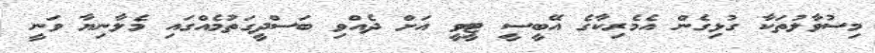
މިސުވާލުތަކާ ގުޅިގެން އެމެރިކާގެ އޭބީސީ ޓީވީ އަށް ދެއްވި ބަސްދީގަތުމެއްގައި މެލާނިޔާ ވަނީ